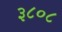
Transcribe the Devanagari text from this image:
३८०८